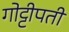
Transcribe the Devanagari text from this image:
गोट्टीपती